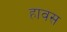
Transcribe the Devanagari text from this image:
हावस